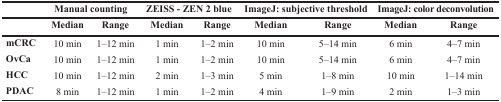
<table><thead><tr><td></td><td colspan="2"><b>Manual counting</b></td><td colspan="2"><b>ZEISS - ZEN 2 blue</b></td><td colspan="2"><b>ImageJ: subjective threshold</b></td><td colspan="2"><b>ImageJ: color deconvolution</b></td></tr><tr><td></td><td><b>Median</b></td><td><b>Range</b></td><td><b>Median</b></td><td><b>Range</b></td><td><b>Median</b></td><td><b>Range</b></td><td><b>Median</b></td><td><b>Range</b></td></tr></thead><tbody><tr><td><b>mCRC</b></td><td>10 min</td><td>1–12 min</td><td>1 min</td><td>1–2 min</td><td>10 min</td><td>5–14 min</td><td>6 min</td><td>4–7 min</td></tr><tr><td><b>OvCa</b></td><td>10 min</td><td>1–12 min</td><td>1 min</td><td>1–2 min</td><td>10 min</td><td>5–14 min</td><td>6 min</td><td>4–7 min</td></tr><tr><td><b>HCC</b></td><td>10 min</td><td>1–12 min</td><td>2 min</td><td>1–3 min</td><td>5 min</td><td>1–8 min</td><td>10 min</td><td>1–14 min</td></tr><tr><td><b>PDAC</b></td><td>8 min</td><td>1–12 min</td><td>1 min</td><td>1–2 min</td><td>4 min</td><td>1–9 min</td><td>2 min</td><td>1–3 min</td></tr></tbody></table>